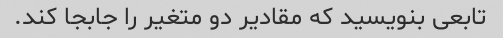
تابعی بنویسید که مقادیر دو متغیر را جابجا کند.